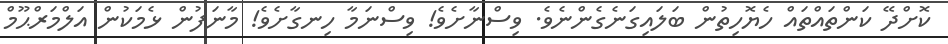
ކޮށްދޭ ކަންތައްތައް ހެޔޮހިތުން ބަލައިގަނެގެންނެވެ. ވިސްނާށެވެ! ވިސްނަމާ ހިނގާށެވެ! މާނަފުން ޅެމަކުން އަލްމަރްޙޫމް